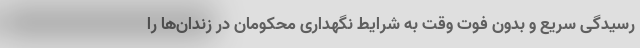
رسیدگی سریع و بدون فوت وقت به شرایط نگهداری محکومان در زندان‌ها را